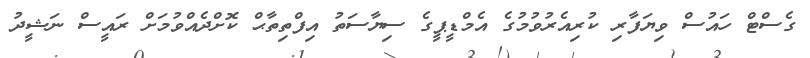
ގެސްޓް ހައުސް ވިޔަފާރި ކުރިއެރުވުމުގެ އެމްޑީޕީގެ ސިޔާސަތު އިފްތިތާޙް ކޮށްދެއްވުމަށް ރައީސް ނަޝީދު